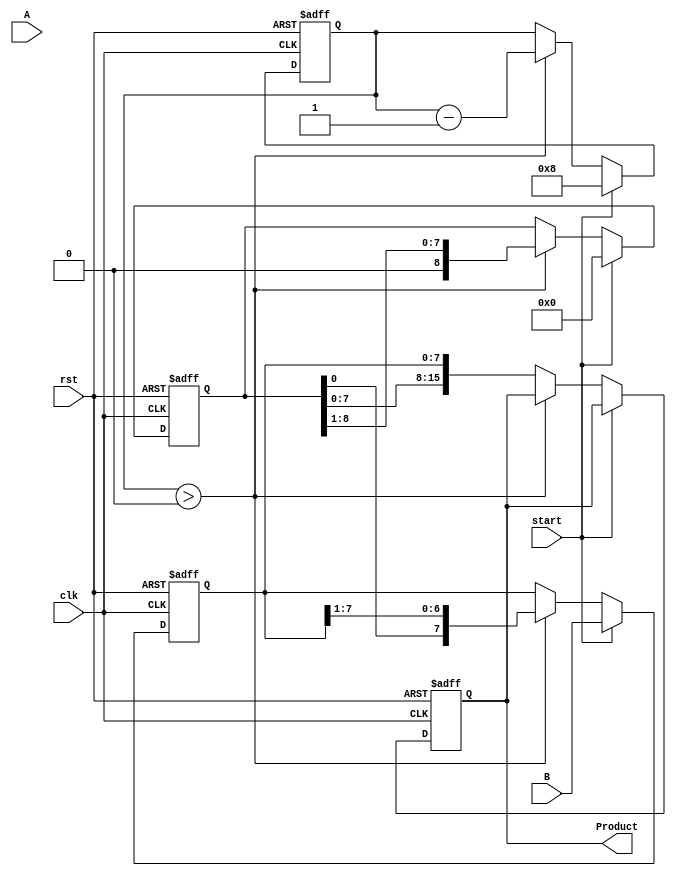
module booth_multiplier #(parameter n = 8) (
    input wire [n-1:0] A,      // Multiplicand
    input wire [n-1:0] B,      // Multiplier
    input wire start,           // Control signal to start multiplication
    input wire clk,             // Clock signal
    input wire rst,             // Reset signal
    output reg [2*n-1:0] Product // Product output
);

    reg [n-1:0] M;              // Multiplicand register
    reg [n-1:0] Q;              // Multiplier register
    reg [n:0] A_reg;            // Accumulator register (n+1 bits)
    reg Q_1;                    // Previous bit of Q
    reg [3:0] count;            // Counter for iterations

    // State machine for Booth's algorithm
    always @(posedge clk or posedge rst) begin
        if (rst) begin
            // Reset all registers
            A_reg <= 0;
            Q <= 0;
            M <= 0;
            Q_1 <= 0;
            Product <= 0;
            count <= 0;
        end else if (start) begin
            // Initialize registers
            M <= A;               // Load multiplicand
            Q <= B;               // Load multiplier
            A_reg <= 0;           // Initialize accumulator
            Q_1 <= 0;             // Initialize Q-1
            count <= n;           // Set count for n iterations
        end else if (count > 0) begin
            // Booth's algorithm operations
            case ({Q[0], Q_1})
                2'b01: A_reg <= A_reg + M; // Add M to A_reg
                2'b10: A_reg <= A_reg - M; // Subtract M from A_reg
                default: ;                 // Do nothing for 00 and 11
            endcase

            // Arithmetic right shift
            {A_reg, Q} <= {A_reg, Q} >> 1;
            Q_1 <= Q[0]; // Update Q-1 with the previous Q[0]
            count <= count - 1; // Decrement the count
        end else begin
            // After completion, combine A_reg and Q for the final product
            Product <= {A_reg, Q};
        end
    end
endmodule